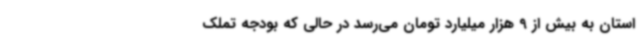
استان به بیش از 9 هزار میلیارد تومان می‌رسد در حالی که بودجه تملک